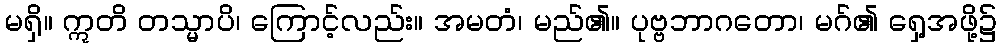
မရှိ။ ဣတိ တသ္မာပိ၊ ကြောင့်လည်း။ အမတံ၊ မည်၏။ ပုဗ္ဗဘာဂတော၊ မဂ်၏ ရှေ့အဖို့၌